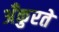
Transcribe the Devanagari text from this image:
अँकुरते